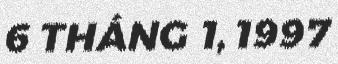
6 THÁNG 1, 1997